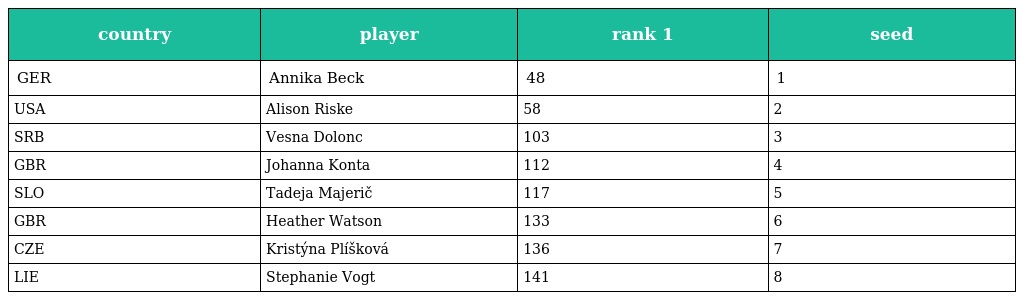
| country | player | rank 1 | seed |
 | --- | --- | --- | --- |
 | GER | Annika Beck | 48 | 1 |
 | USA | Alison Riske | 58 | 2 |
 | SRB | Vesna Dolonc | 103 | 3 |
 | GBR | Johanna Konta | 112 | 4 |
 | SLO | Tadeja Majerič | 117 | 5 |
 | GBR | Heather Watson | 133 | 6 |
 | CZE | Kristýna Plíšková | 136 | 7 |
 | LIE | Stephanie Vogt | 141 | 8 |